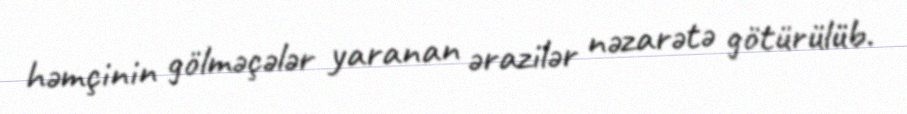
həmçinin gölməçələr yaranan ərazilər nəzarətə götürülüb.